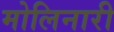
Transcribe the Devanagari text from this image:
मोलिनारी